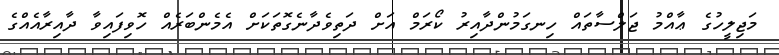
މަޖިލީހުގެ ޢާއްމު ޖަލްސާތައް ހިނގަމުންދާއިރު ކޯރަމް އަށް ދަތިވެދާނެގޮތަކަށް އެމެންބަރެއް ހޮވިފައިވާ ދާއިރާއެއްގެ